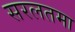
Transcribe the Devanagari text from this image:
सरलतमा